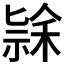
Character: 𮂄